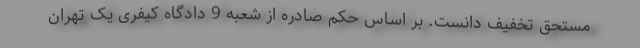
مستحق تخفیف دانست. بر اساس حکم صادره از شعبه 9 دادگاه کیفری یک تهران